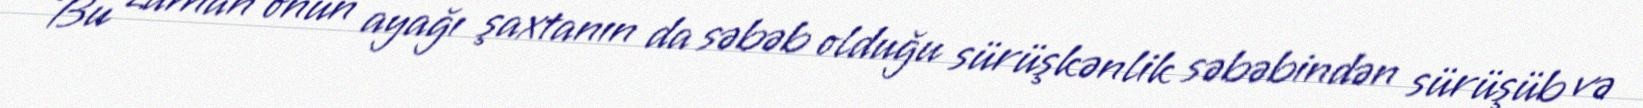
Bu zaman onun ayağı şaxtanın da səbəb olduğu sürüşkənlik səbəbindən sürüşüb və